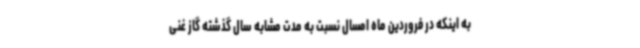
به اینکه در فروردین ماه امسال نسبت به مدت مشابه سال گذشته گاز غنی